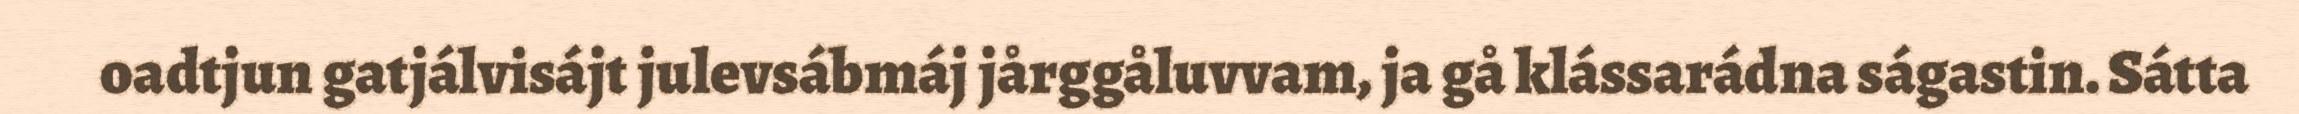
oadtjun gatjálvisájt julevsábmáj jårggåluvvam, ja gå klássarádna ságastin. Sátta